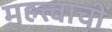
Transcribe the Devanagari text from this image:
महत्त्वाचीं